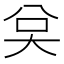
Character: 𭑉